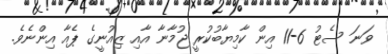
ވަނަ ސެޓު 6-11 އިން ކާމިޔާބުކުރީ ޖުމާނާ އާއި ޒިއުނީގެ ޕެއާ އިންނެވެ.